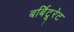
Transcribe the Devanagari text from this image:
बर्बिटूरेट